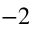
^ { - 2 }